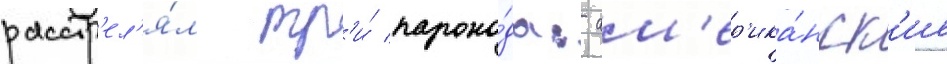
расстр'ел'я́л тр'и́ парохо́да: ам'ер'ика́нск'ие